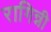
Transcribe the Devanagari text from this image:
रागिन्नी